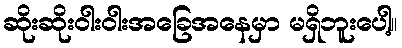
ဆိုးဆိုးဝါးဝါးအခြေအနေမှာ မရှိဘူးပေါ့။